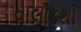
વાલોડથી